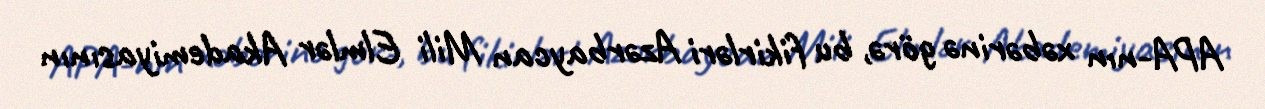
APA-nın xəbərinə görə, bu fikirləri Azərbaycan Mili Elmlər Akademiyasının